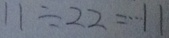
1 1 \div 2 2 = \cdots 1 1